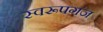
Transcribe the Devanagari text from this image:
स्वरूपगंज